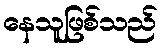
နေသူဖြစ်သည်